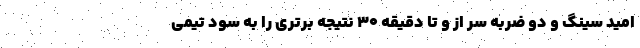
امید سینگ و دو ضربه سر از و تا دقیقه 30 نتیجه برتری را به سود تیمی